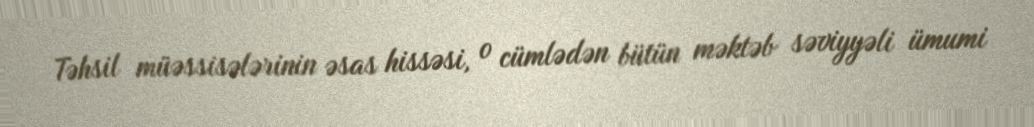
Təhsil müəssisələrinin əsas hissəsi, o cümlədən bütün məktəb səviyyəli ümumi